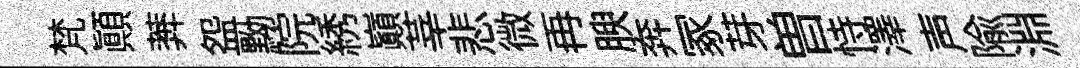
梵顛莾盌黝院綉巔莘悲微再腴奔冢芽曽恃澤声隃淵